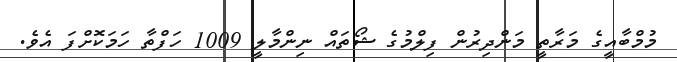
މުމްބާއީގެ މަރާތީ މަންދިރުން ފިލްމުގެ ޝޯތައް ނިންމާލީ 1009 ހަފްތާ ހަމަކޮށްފަ އެވެ.